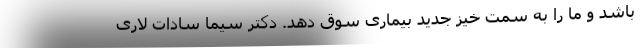
باشد و ما را به سمت خیز جدید بیماری سوق دهد. دکتر سیما سادات لاری